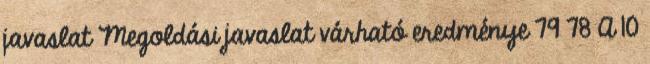
javaslat Megoldási javaslat várható eredménye 79 78 A 10